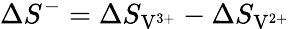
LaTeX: \Delta S^{-}=\Delta S_{\mathrm{V}^{3+}}-\Delta S_{\mathrm{V}^{2+}}